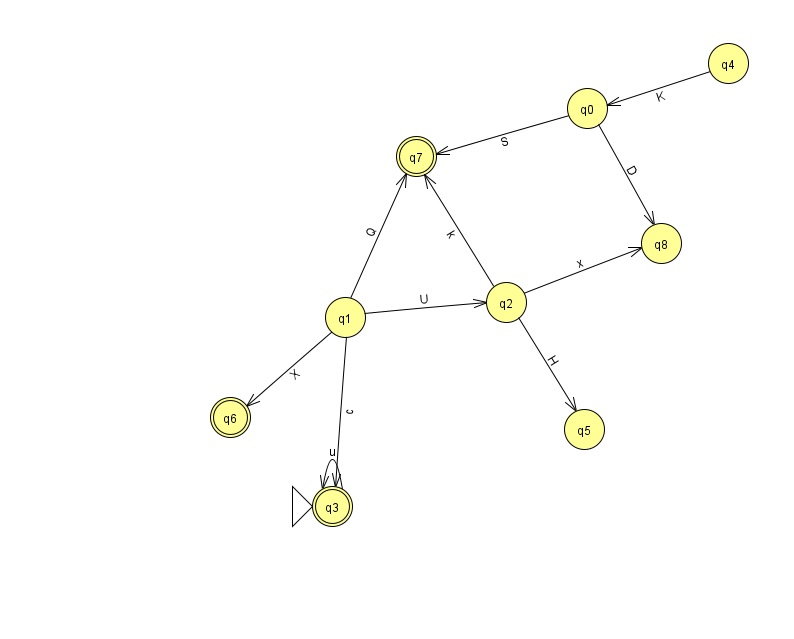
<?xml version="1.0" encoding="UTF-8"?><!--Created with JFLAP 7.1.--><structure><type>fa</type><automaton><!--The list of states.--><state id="0" name="q0"><x>587.0</x><y>95.0</y></state><state id="1" name="q1"><x>345.0</x><y>304.0</y></state><state id="2" name="q2"><x>506.0</x><y>289.0</y></state><state id="3" name="q3"><x>332.0</x><y>493.0</y><initial/><final/></state><state id="4" name="q4"><x>728.0</x><y>50.0</y></state><state id="5" name="q5"><x>584.0</x><y>416.0</y></state><state id="6" name="q6"><x>230.0</x><y>404.0</y><final/></state><state id="7" name="q7"><x>416.0</x><y>143.0</y><final/></state><state id="8" name="q8"><x>661.0</x><y>230.0</y></state><!--The list of transitions.--><transition><from>1</from><to>2</to><read>U</read></transition><transition><from>1</from><to>6</to><read>X</read></transition><transition><from>2</from><to>5</to><read>H</read></transition><transition><from>1</from><to>3</to><read>c</read></transition><transition><from>3</from><to>3</to><read>u</read></transition><transition><from>4</from><to>0</to><read>K</read></transition><transition><from>0</from><to>8</to><read>D</read></transition><transition><from>2</from><to>7</to><read>k</read></transition><transition><from>1</from><to>7</to><read>Q</read></transition><transition><from>2</from><to>8</to><read>x</read></transition><transition><from>0</from><to>7</to><read>S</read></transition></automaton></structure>